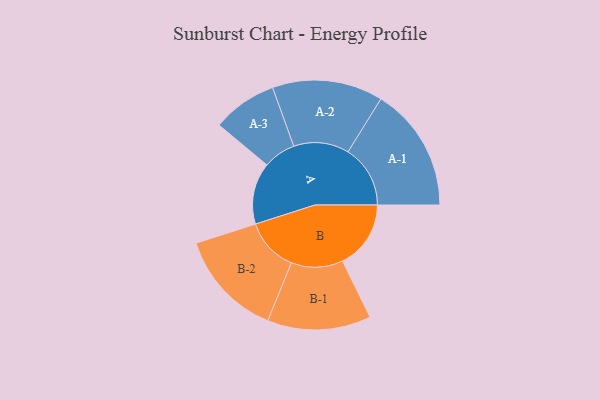
{"axis": {"x": "Segment", "y": "Value"}, "legend": ["", "A", "B"], "data": [{"x": "A", "y": 275, "type": ""}, {"x": "B", "y": 305, "type": ""}, {"x": "A-1", "y": 278, "type": "A"}, {"x": "A-2", "y": 247, "type": "A"}, {"x": "A-3", "y": 145, "type": "A"}, {"x": "B-1", "y": 231, "type": "B"}, {"x": "B-2", "y": 239, "type": "B"}]}